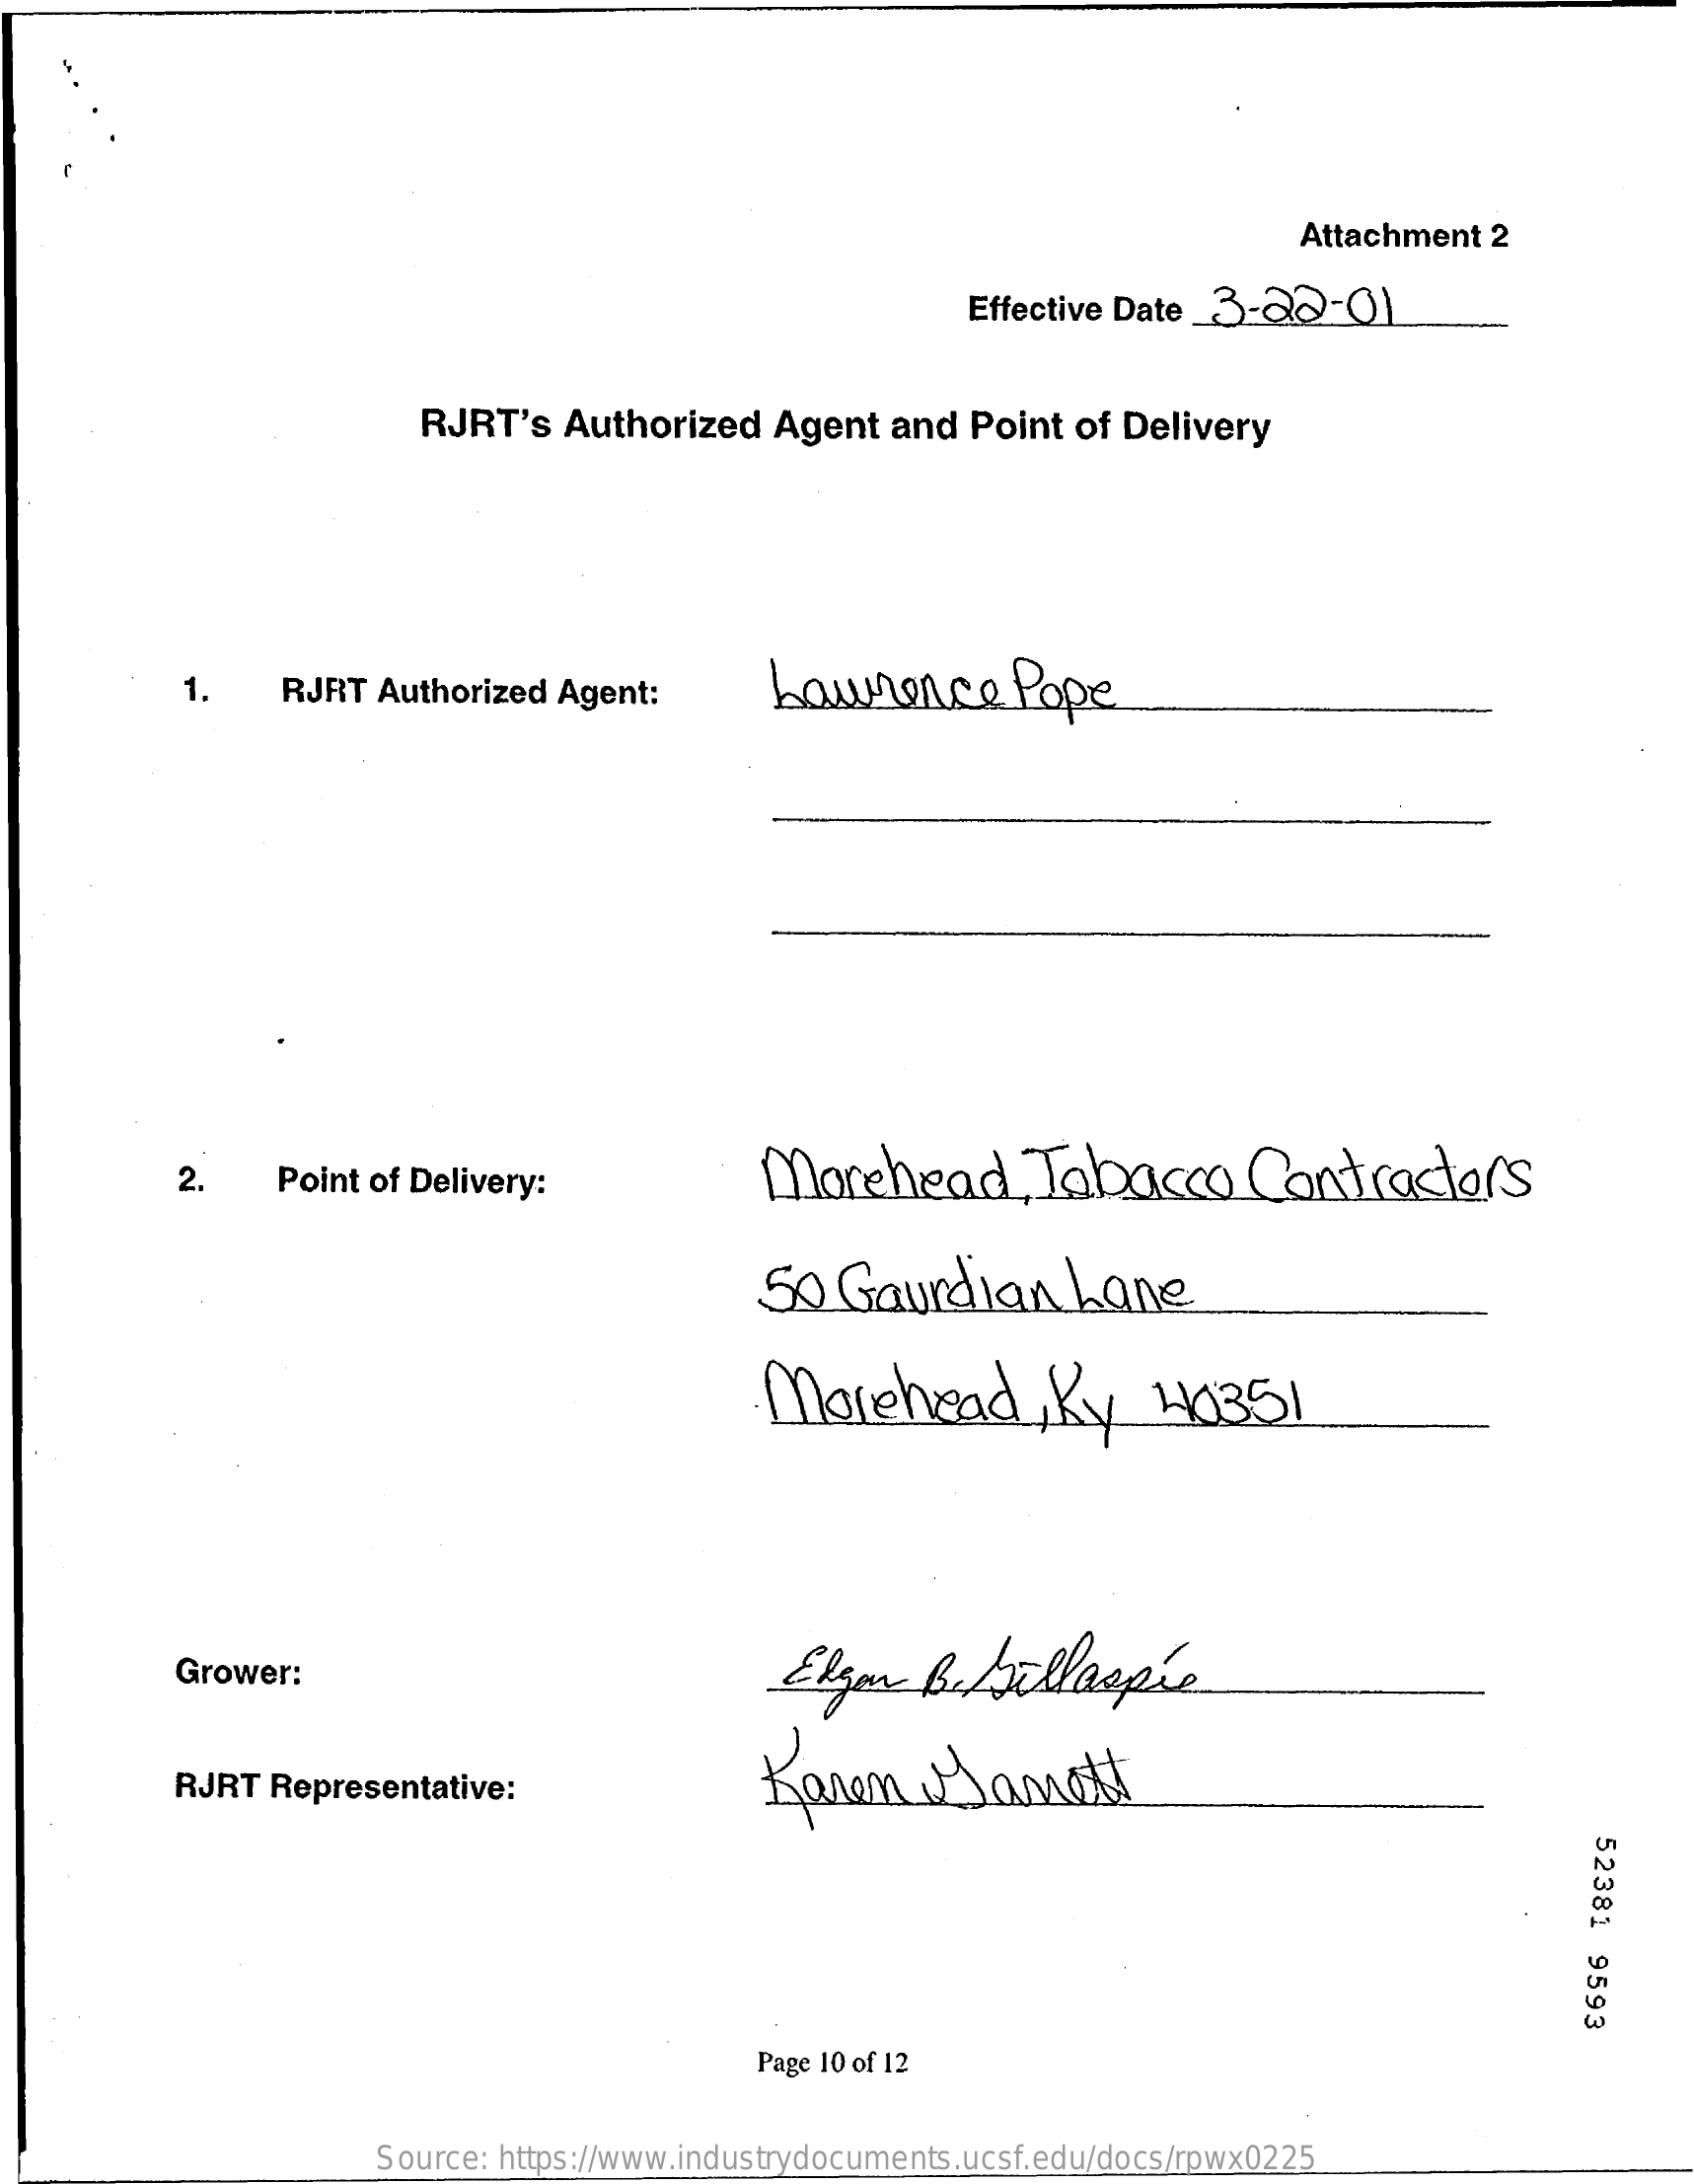
Attachment  2
     Effective Date _3-20-0)
     RJRT's  Authorized    Agent  and  Point of Delivery
     1.    RJRT  Authorized Agent:    Lawrence    Pope
     2.    Point of Delivery:    Morehead,    Tabacco    Contractors
     50  Gaurdian    Lane
     Morehead    , Ky   40351
     Grower:    Elgan    be tillaspie
     RJRT  Representative:    Kanen    Sanott
     52381
     9593
     Page 10 of 12
     Source: https://www.industrydocuments.ucsf.edu/docs/rpwx0225